Reports on dispensaries and lunatic asylums in the Province of Oudh - 1869-1876
Year: 1869
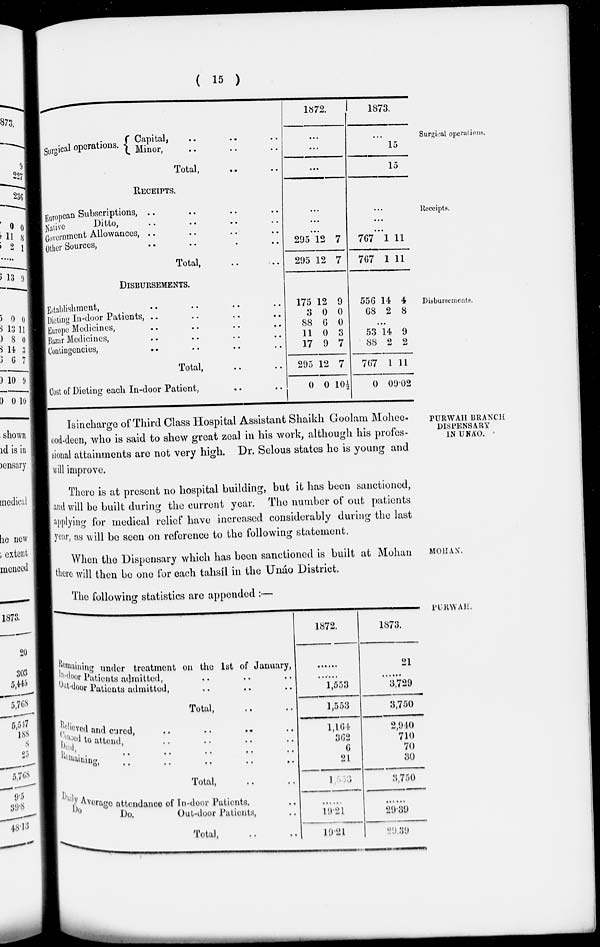
( 15 )
Surgical operations.
Surgical operations.
Capital, .. .. ..
Minor, .. .. ..
Total, .. ..
1872.
...
...
...
1873.
...
15
15
Receipts.
RECEIPTS.
European Subscriptions, .. .. .. ..
Native
Ditto, .. .. .. ..
Government Allowances, .. .. .. ..
Other Sources, .. .. .. ..
Total,
...
...
...
295
295
12
12
7
7
...
...
...
767
767
1
1
11
11
Disbursements.
DISBURSEMENTS.
Establishment, .. .. .. ..
Dieting In-door Patients, .. .. .. ..
Europe Medicines, .. .. .. ..
Bazar Medicines, .. .. .. ..
Contingencies, .. .. .. ..
Total, .. ..
Cost of Dieting each In-door Patient, .. ..
175
3
88
11
17
295
0
12
0
6
0
9
12
0
9
0
0
3
7
7
10½
556
68
14
2
4
8
...
53
88
767
0
14
2
1
09
9
2
11
02
PURWAH BRANCH
DISPENSARY
IN UNÁO.
Isincharge of Third Class Hospital Assistant Shaikh Goolam Mohee-
ood-deen, who is said to shew great zeal in his work, although his profes-
sional attainments are not very high. Dr. Selous states he is young and
will improve.
There is at present no hospital building, but it has been sanctioned,
and will be built during the current year. The number of out patients
applying for medical relief have increased considerably during the last
year, as will be seen on reference to the following statement.
MOHAN.
When the Dispensary which has been sanctioned is built at Mohan
there will then be one for each tahsíl in the Unáo District.
The following statistics are appended :—
PURWAH.
Remaining under treatment on the 1st of January,
In-door Patients admitted,
..
..
..
Out-door Patients
admitted,
..
..
..
Total,
..
..
Relived and cured,
..
..
..
..
Ceased to attend, .. .. .. ..
Died, .. .. .. .. ..
Remaining, .. .. .. .. ..
Total, .. ..
Daily Average attendance of In-door Patients, ..
Do. Do. Out-door Patients, ..
Total, .. ..
1872.
......
......
1,553
1,553
1,164
362
6
21
1,553
......
19.21
19.21
1873.
21
......
3,729
3,750
2,940
710
70
30
3,750
......
29.39
29.39